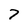
Character: 7